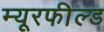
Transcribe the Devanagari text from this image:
म्यूरफील्ड